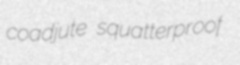
coadjute squatterproof